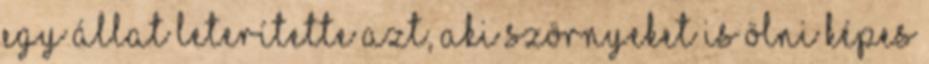
egy állat leterítette azt, aki szörnyeket is ölni képes